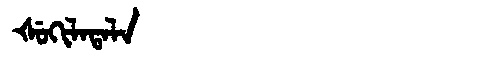
Manchu: ᡧᡠᡴᡳᠯᠠᡨᠠᠯᠠ
Romanization: ŠUKILATALA